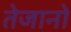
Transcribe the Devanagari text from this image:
तेजानो